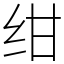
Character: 绀